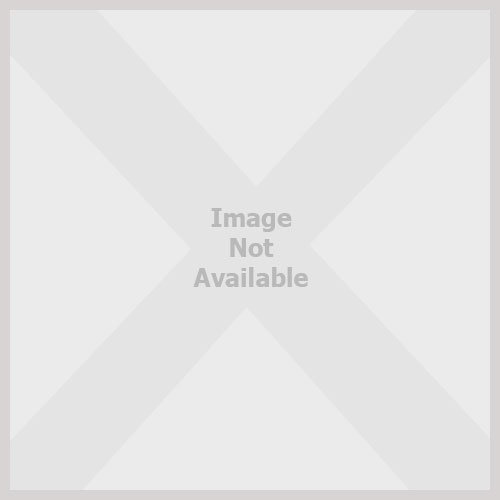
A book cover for Cardiac Drug Therapy; M. Gabriel Khan; Medical Books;